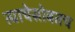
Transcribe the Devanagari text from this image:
त्याचेसोबतच